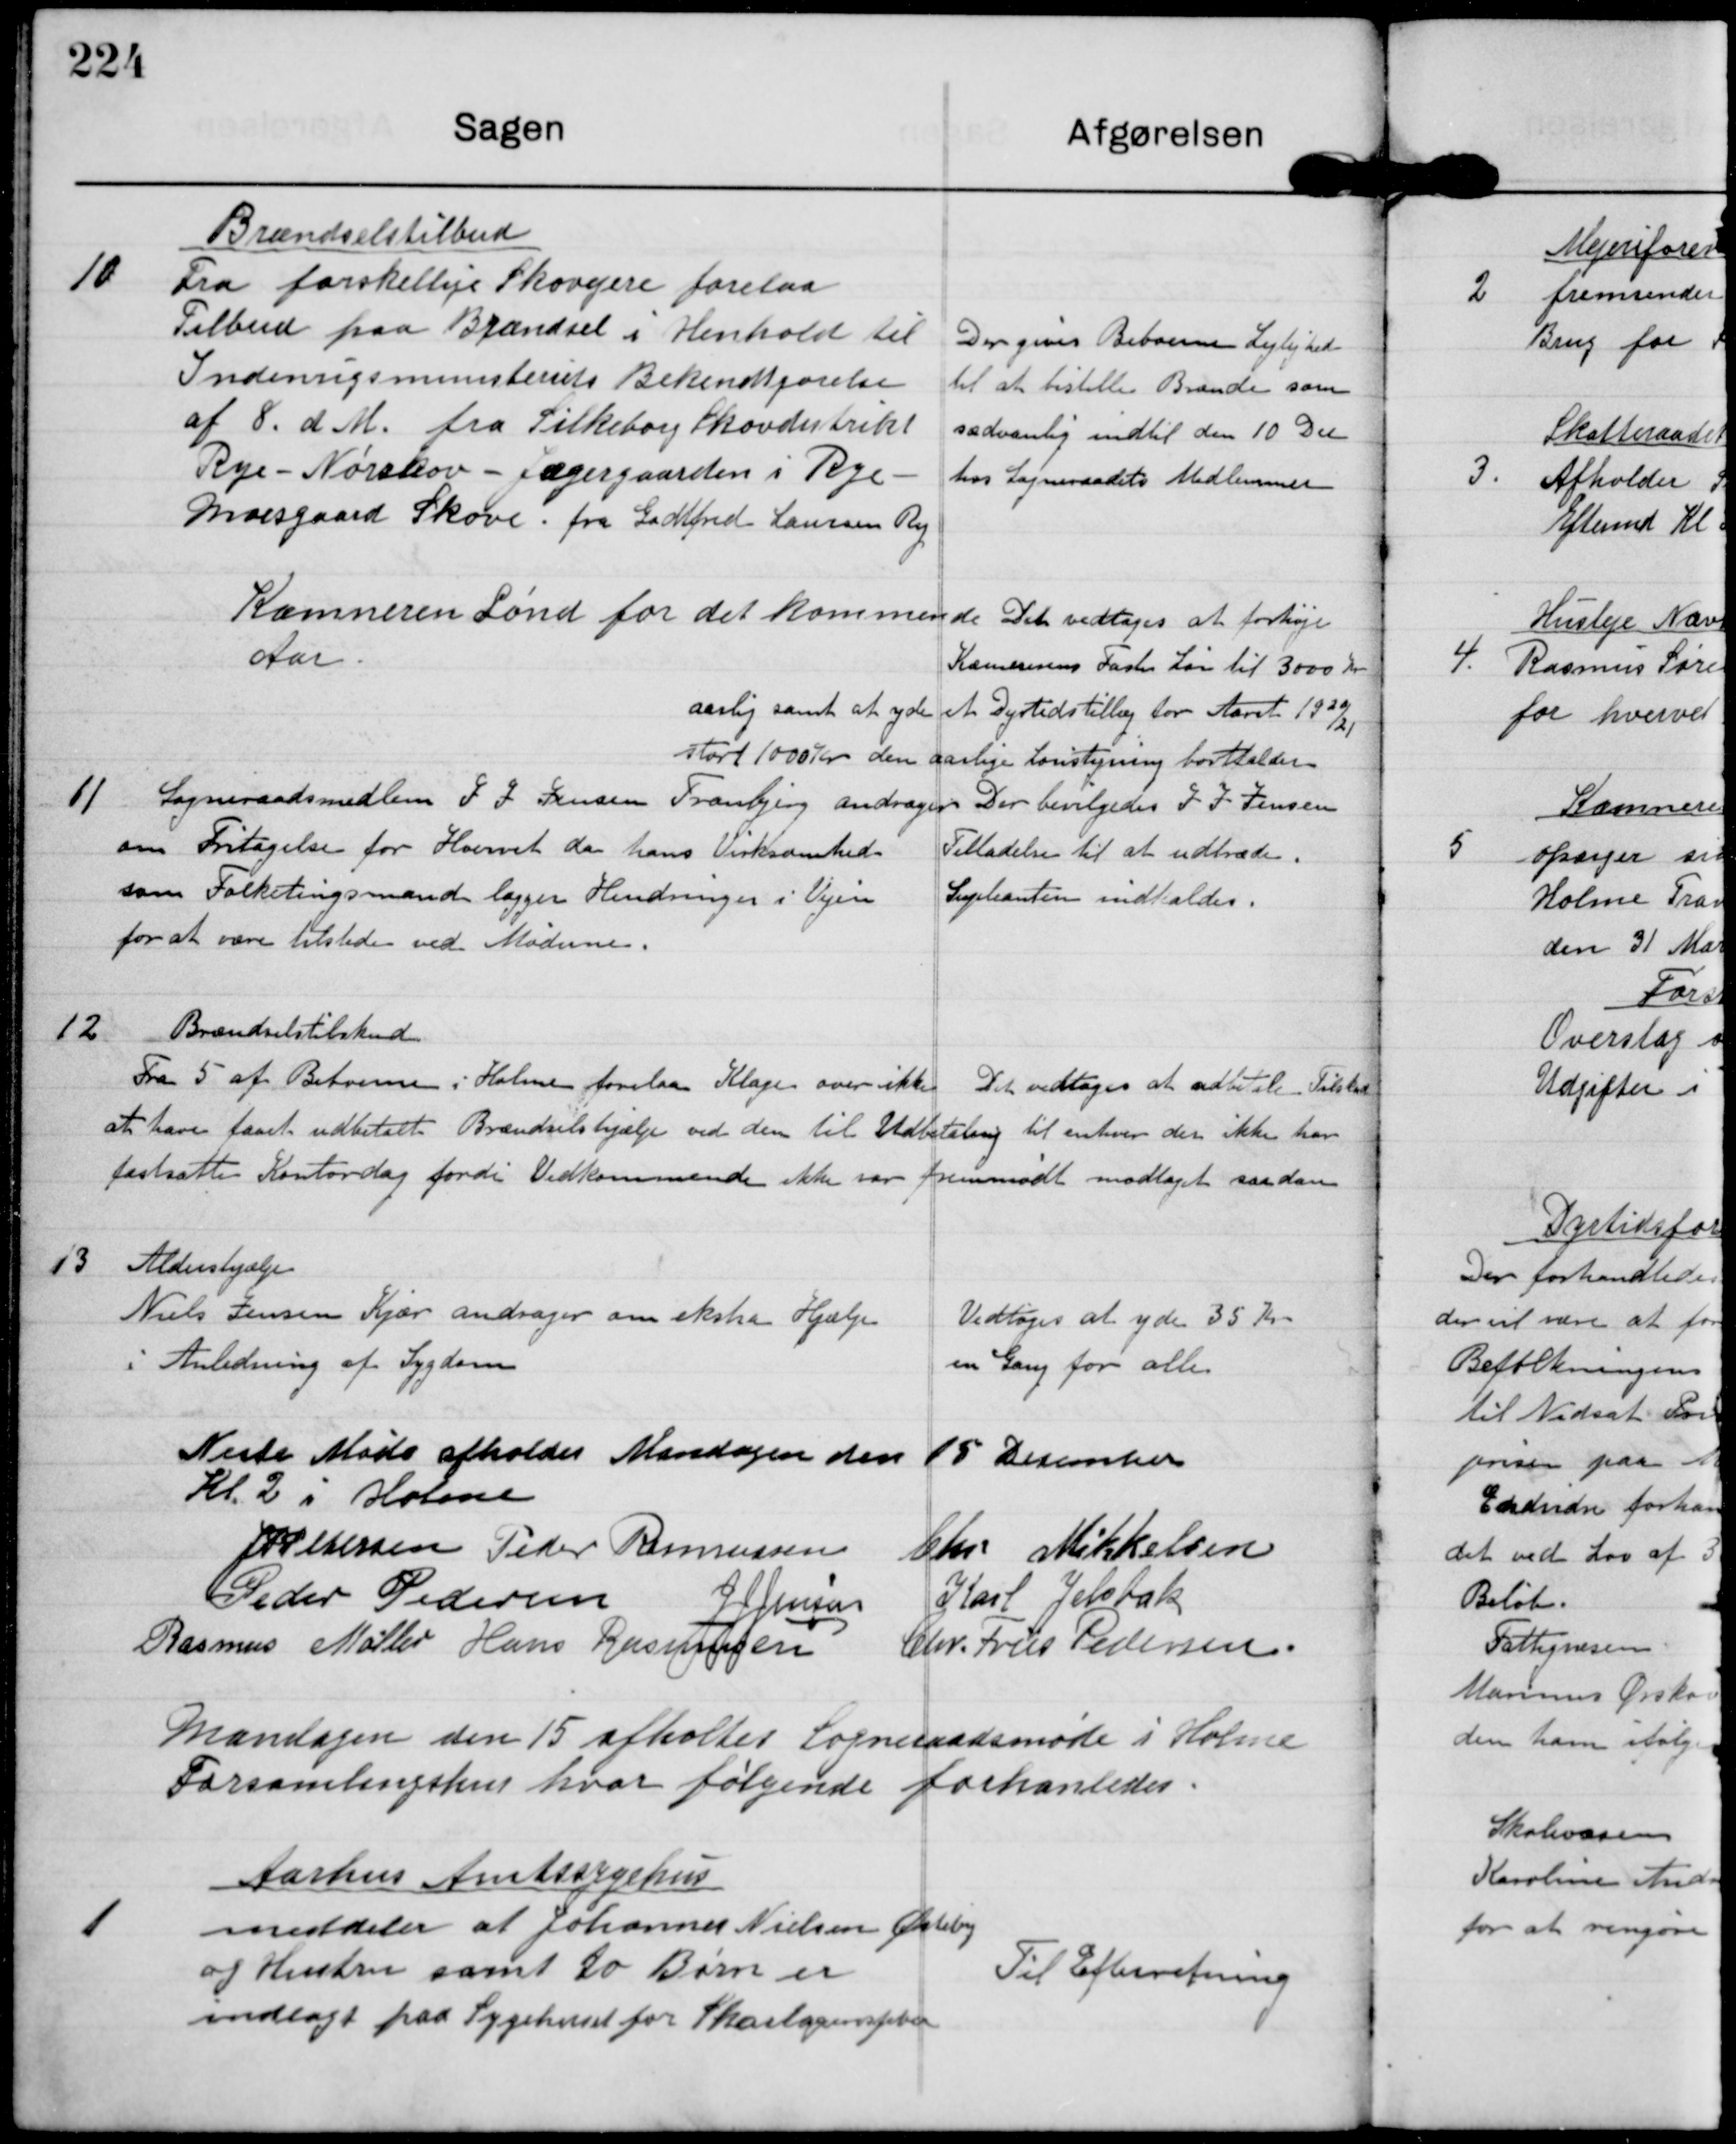
Transskription:
10

Brændselstilbud
Fra forskellige Skovejere forelaa
Tilbud paa Brændsel i Henhold til
Inderigsministeriets Bekendtgørelse
af 8 d M fra Silkeborg Skovdistrikt
Rye-Nørskov- Jægergaarden i Rye-
Moesgaard Skove fra Godtfred Laursen Ry

Der gives Beboerne Lejlighed
til at bestille Brænde som
sædvanlig indtil den 10 Dec
hos Sogneraadets Medlemmer

Kæmneren Lønd for det kommende
Aar

Til vedtoges at forhøje
Kæmnerens Faste Løn til 3000 Kr.
aarlig samt at yde et Dyrtidstillæg for Aaret 1920/21
stort 1000 Kr den aarlige Lønstigning bortfalder

11

Sogneraadsmedlem J J Jensen Tranbjerg andrager
om Fritagelse for Hvervet da hans Virksomhed
som Folketingsmand lægger Hindringer i Vejen
for at være tilstede ved Møderne.

Der bevilgedes J J Jensen
Tilladelse til at udtræde.
Supleanten indkaldes.

12.

Brændselstilskud.
Fra 5 af Beboerne i Holme forelaa Klage over ikke
at have faaet udbetalt Brændselshjælp ved den til Udbetaling
fastsatte Kontordag fordi Vedkommende ikke var fremmødt.

Det vedtoges at udbetale Tilskud
til enhver der ikke har
modtaget saadan

13

Aldershjælp.
Niels Jensen Kjær andrager om ekstra Hjælp.
i Anledning af Sygdom

Vedtoges at yde 35 Kr.
en Gang for alle

Næste Møde afholdes Mandagen den 15 Desember
Kl 2. i Holme

J P Pedersen Peder Rasmussen Chr Mikkelsen
Peder Pedersen J J Jensen Karl Jelsbak
Rasmus Møller Hans Rasmussen Chr. Friis Pedersen

Mandagen den 15 afholtes sogneraadsmøde i Holme
Forsamlingshus hvor følgende forhandledes.

1

Aarhus Amtssygehus
meddeler at Johannes Nielsen Østerby
og Hustru samt to Børn er
indlagt paa Sygehuset for Skarlagensfeber

Til Efterretning